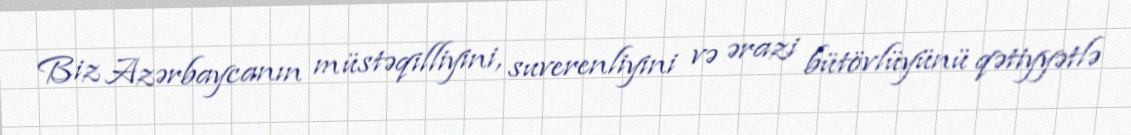
Biz Azərbaycanın müstəqilliyini, suverenliyini və ərazi bütövlüyünü qətiyyətlə